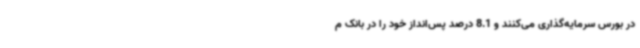
در بورس سرمایه‌گذاری می‌کنند و 8.1 درصد پس‌انداز خود را در بانک م